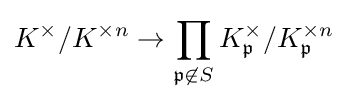
K^{\times }/K^{\times n}\to \prod _{{\mathfrak {p}}\not \in S}K_{\mathfrak {p}}^{\times }/K_{\mathfrak {p}}^{\times n}